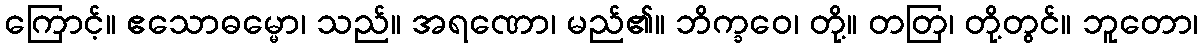
ကြောင့်။ ဧသောဓမ္မော၊ သည်။ အရဏော၊ မည်၏။ ဘိက္ခဝေ၊ တို့။ တတြ၊ တို့တွင်။ ဘူတော၊